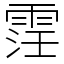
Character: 䨙